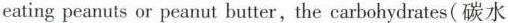
eating peanuts or peanut butter, the carbohydrates(碳水